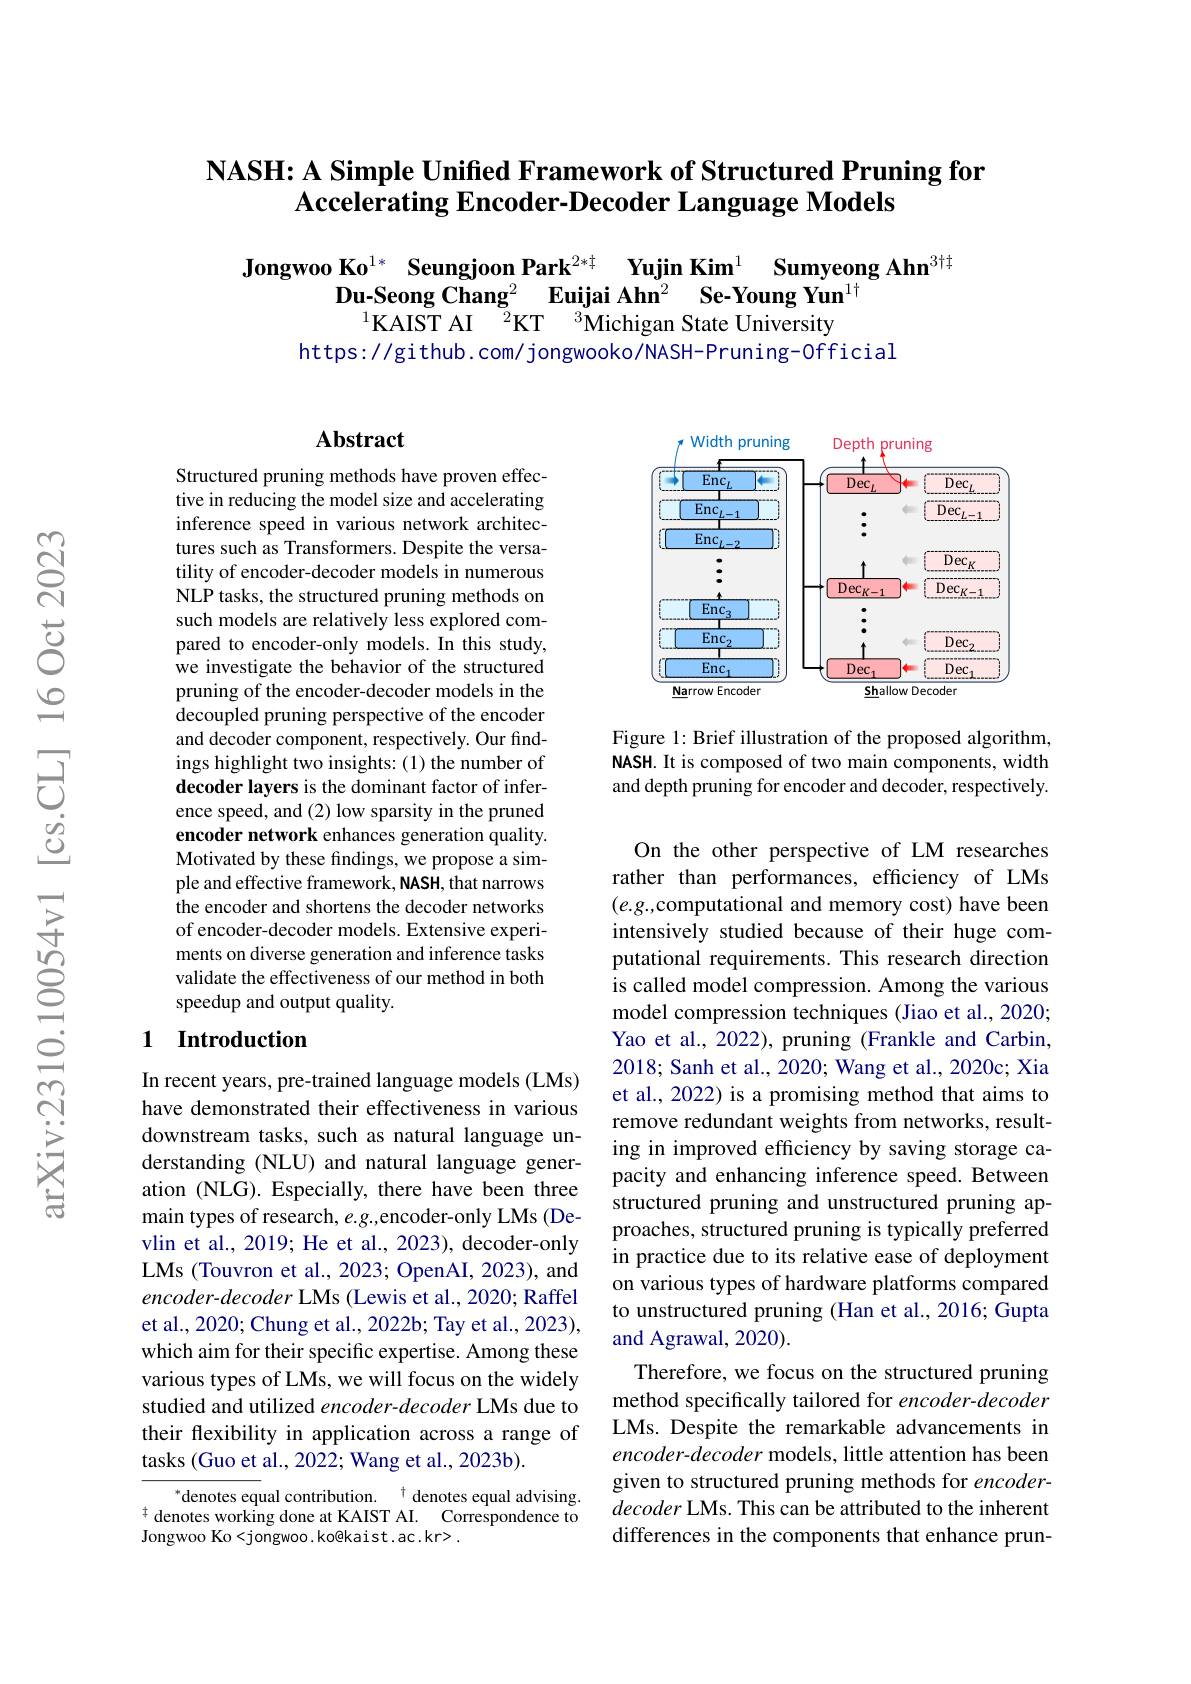
# NASH: A Simple Unified Framework of Structured Pruning for $\textbf{Accelerating Encoder- Decoder Language Models}$

$\textbf{Jongwoo Ko}^{1*}\textbf{ Seungjoon Park}^{2*\ddagger}\textbf{ Yujin Kim}^{1}\textbf{ Sumyeong Ahn}^{3\dagger\dagger}$Du-Seong Chang$^2\textbf{ Euijai Ahn}^2\textbf{ Se-Young Yun}^{1\dagger}^{1}$KAIST AI$^{2}$KT$^{3}$Michigan State University
https://github. com/ jongwooko/NASH-Pruning-0fficial

## Abstract

Structured pruning methods have proven effective in reducing the model size and accelerating inference speed in various network architectures such as Transformers. Despite the versatility of encoder-decoder models in numerous NLP tasks, the structured pruning methods on such models are relatively less explored compared to encoder-only models. In this study, we investigate the behavior of the structured pruning of the encoder-decoder models in the decoupled pruning perspective of the encoder and decoder component, respectively. Our findings highlight two insights: (1) the number of decoder layers is the dominant factor of inference speed, and (2) low sparsity in the pruned encoder network enhances generation quality. Motivated by these findings, we propose a simple and effective framework, NASH, that narrows the encoder and shortens the decoder networks of encoder-decoder models. Extensive experiments on diverse generation and inference tasks validate the effectiveness of our method in both speedup and output quality.

### 1 Introduction

In recent years, pre-trained language models (LMs) have demonstrated their effectiveness in various downstream tasks, such as natural language understanding (NLU) and natural language generation (NLG). Especially, there have been three main types of research, $e.g.$,encoder-only LMs (Devlin et al., 2019; He et al., 2023), decoder-only LMs (Touvron et al., 2023; OpenAI, 2023), and encoder-decoder LMs (Lewis et al., 2020; Raffel et al., 2020; Chung et al., 2022b; Tay et al., 2023), which aim for their specific expertise. Among these various types of LMs, we will focus on the widely studied and utilized encoder-decoder LMs due to their flexibility in application across a range of tasks (Guo et al., 2022; Wang et al., 2023b).

$\begin{array}{c}{{^{*}\mathrm{denotes~equal~contribution.}}}&{{^{\dagger}\mathrm{denotes~equal~advising.}}}\\{{^{\dagger}\mathrm{denotes~working~done~at~KAIST~AI.~Correspondence~to}}}\\{{^{\dagger}\mathrm{denotes~working~done~at~KAIST~AI.~Correspondence~to}}}\\{{^{\dagger}\mathrm{denotes~working~done~ast~KAIST~AI.~Corresponde}}}\end{array}$
Jongwoo Ko<jongwoo. ko@kaist.ac.kr> .

<FigureHere>

Figure 1: Brief illustration of the proposed algorithm, NASH. It is composed of two main components, width and depth pruning for encoder and decoder, respectively.

On the other perspective of LM researches rather than performances, efficiency of LMs $(e.g.$,computational and memory cost) have been intensively studied because of their huge computational requirements. This research direction is called model compression. Among the various model compression techniques (Jiao et al., 2020; Yao et al., 2022), pruning (Frankle and Carbin, 2018; Sanh et al., 2020; Wang et al., 2020c; Xia et al., 2022) is a promising method that aims to remove redundant weights from networks, resulting in improved efficiency by saving storage capacity and enhancing inference speed. Between structured pruning and unstructured pruning approaches, structured pruning is typically preferred in practice due to its relative ease of deployment on various types of hardware platforms compared to unstructured pruning (Han et al., 2016; Gupta and Agrawal, 2020).
Therefore, we focus on the structured pruning method specifically tailored for encoder-decoder LMs. Despite the remarkable advancements in encoder-decoder models, little attention has been given to structured pruning methods for encoderdecoder LMs. This can be attributed to the inherent differences in the components that enhance prun-